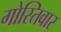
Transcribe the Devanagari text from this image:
गोस्तिवार